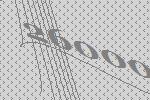
26000